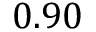
0 . 9 0